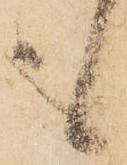
も